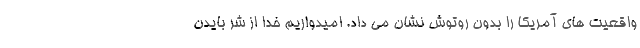
واقعیت های آمریکا را بدون روتوش نشان می داد. امیدواریم خدا از شر بایدن